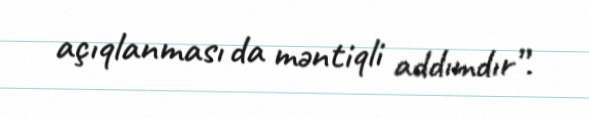
açıqlanması da məntiqli addımdır”.